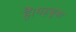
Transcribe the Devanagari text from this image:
हैं।महबूबा